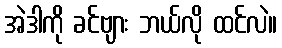
အဲဒါကို ခင်ဗျား ဘယ်လို ထင်လဲ။